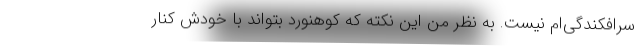
سرافکندگی‌ام نیست. به نظر من این نکته که کوهنورد بتواند با خودش کنار